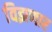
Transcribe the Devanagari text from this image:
विझणार